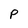
Character: P